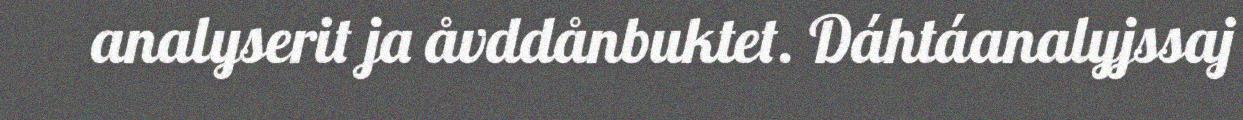
analyserit ja åvddånbuktet. Dáhtáanalyjssaj